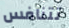
تتنافس